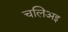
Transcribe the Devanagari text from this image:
चलिअइ